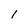
Character: l